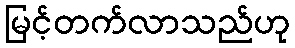
မြင့်တက်လာသည်ဟု